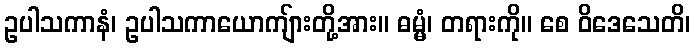
ဥပါသကာနံ၊ ဥပါသကာယောကျ်ားတို့အား။ ဓမ္မံ၊ တရားကို။ စေ ဝိဒေသေတိ၊